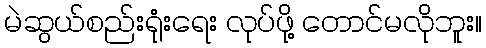
မဲဆွယ်စည်းရုံးရေး လုပ်ဖို့ တောင်မလိုဘူး။